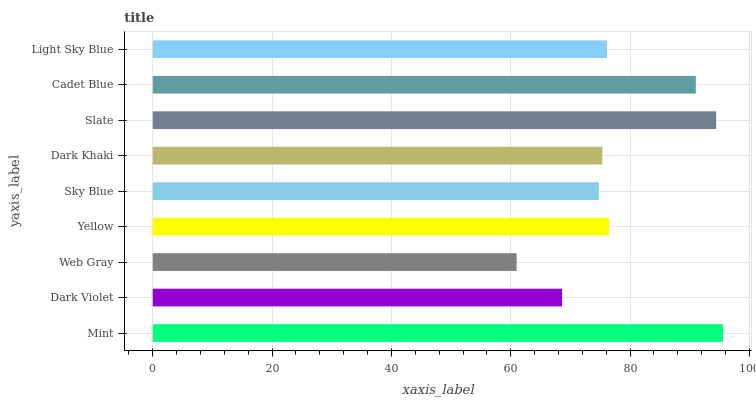
| yaxis_label | bars |
 | --- | --- |
 | Mint | 95.6 |
 | Dark Violet | 68.6 |
 | Web Gray | 61 |
 | Yellow | 76.5 |
 | Sky Blue | 74.8 |
 | Dark Khaki | 75.3 |
 | Slate | 94.4 |
 | Cadet Blue | 91 |
 | Light Sky Blue | 76.1 |